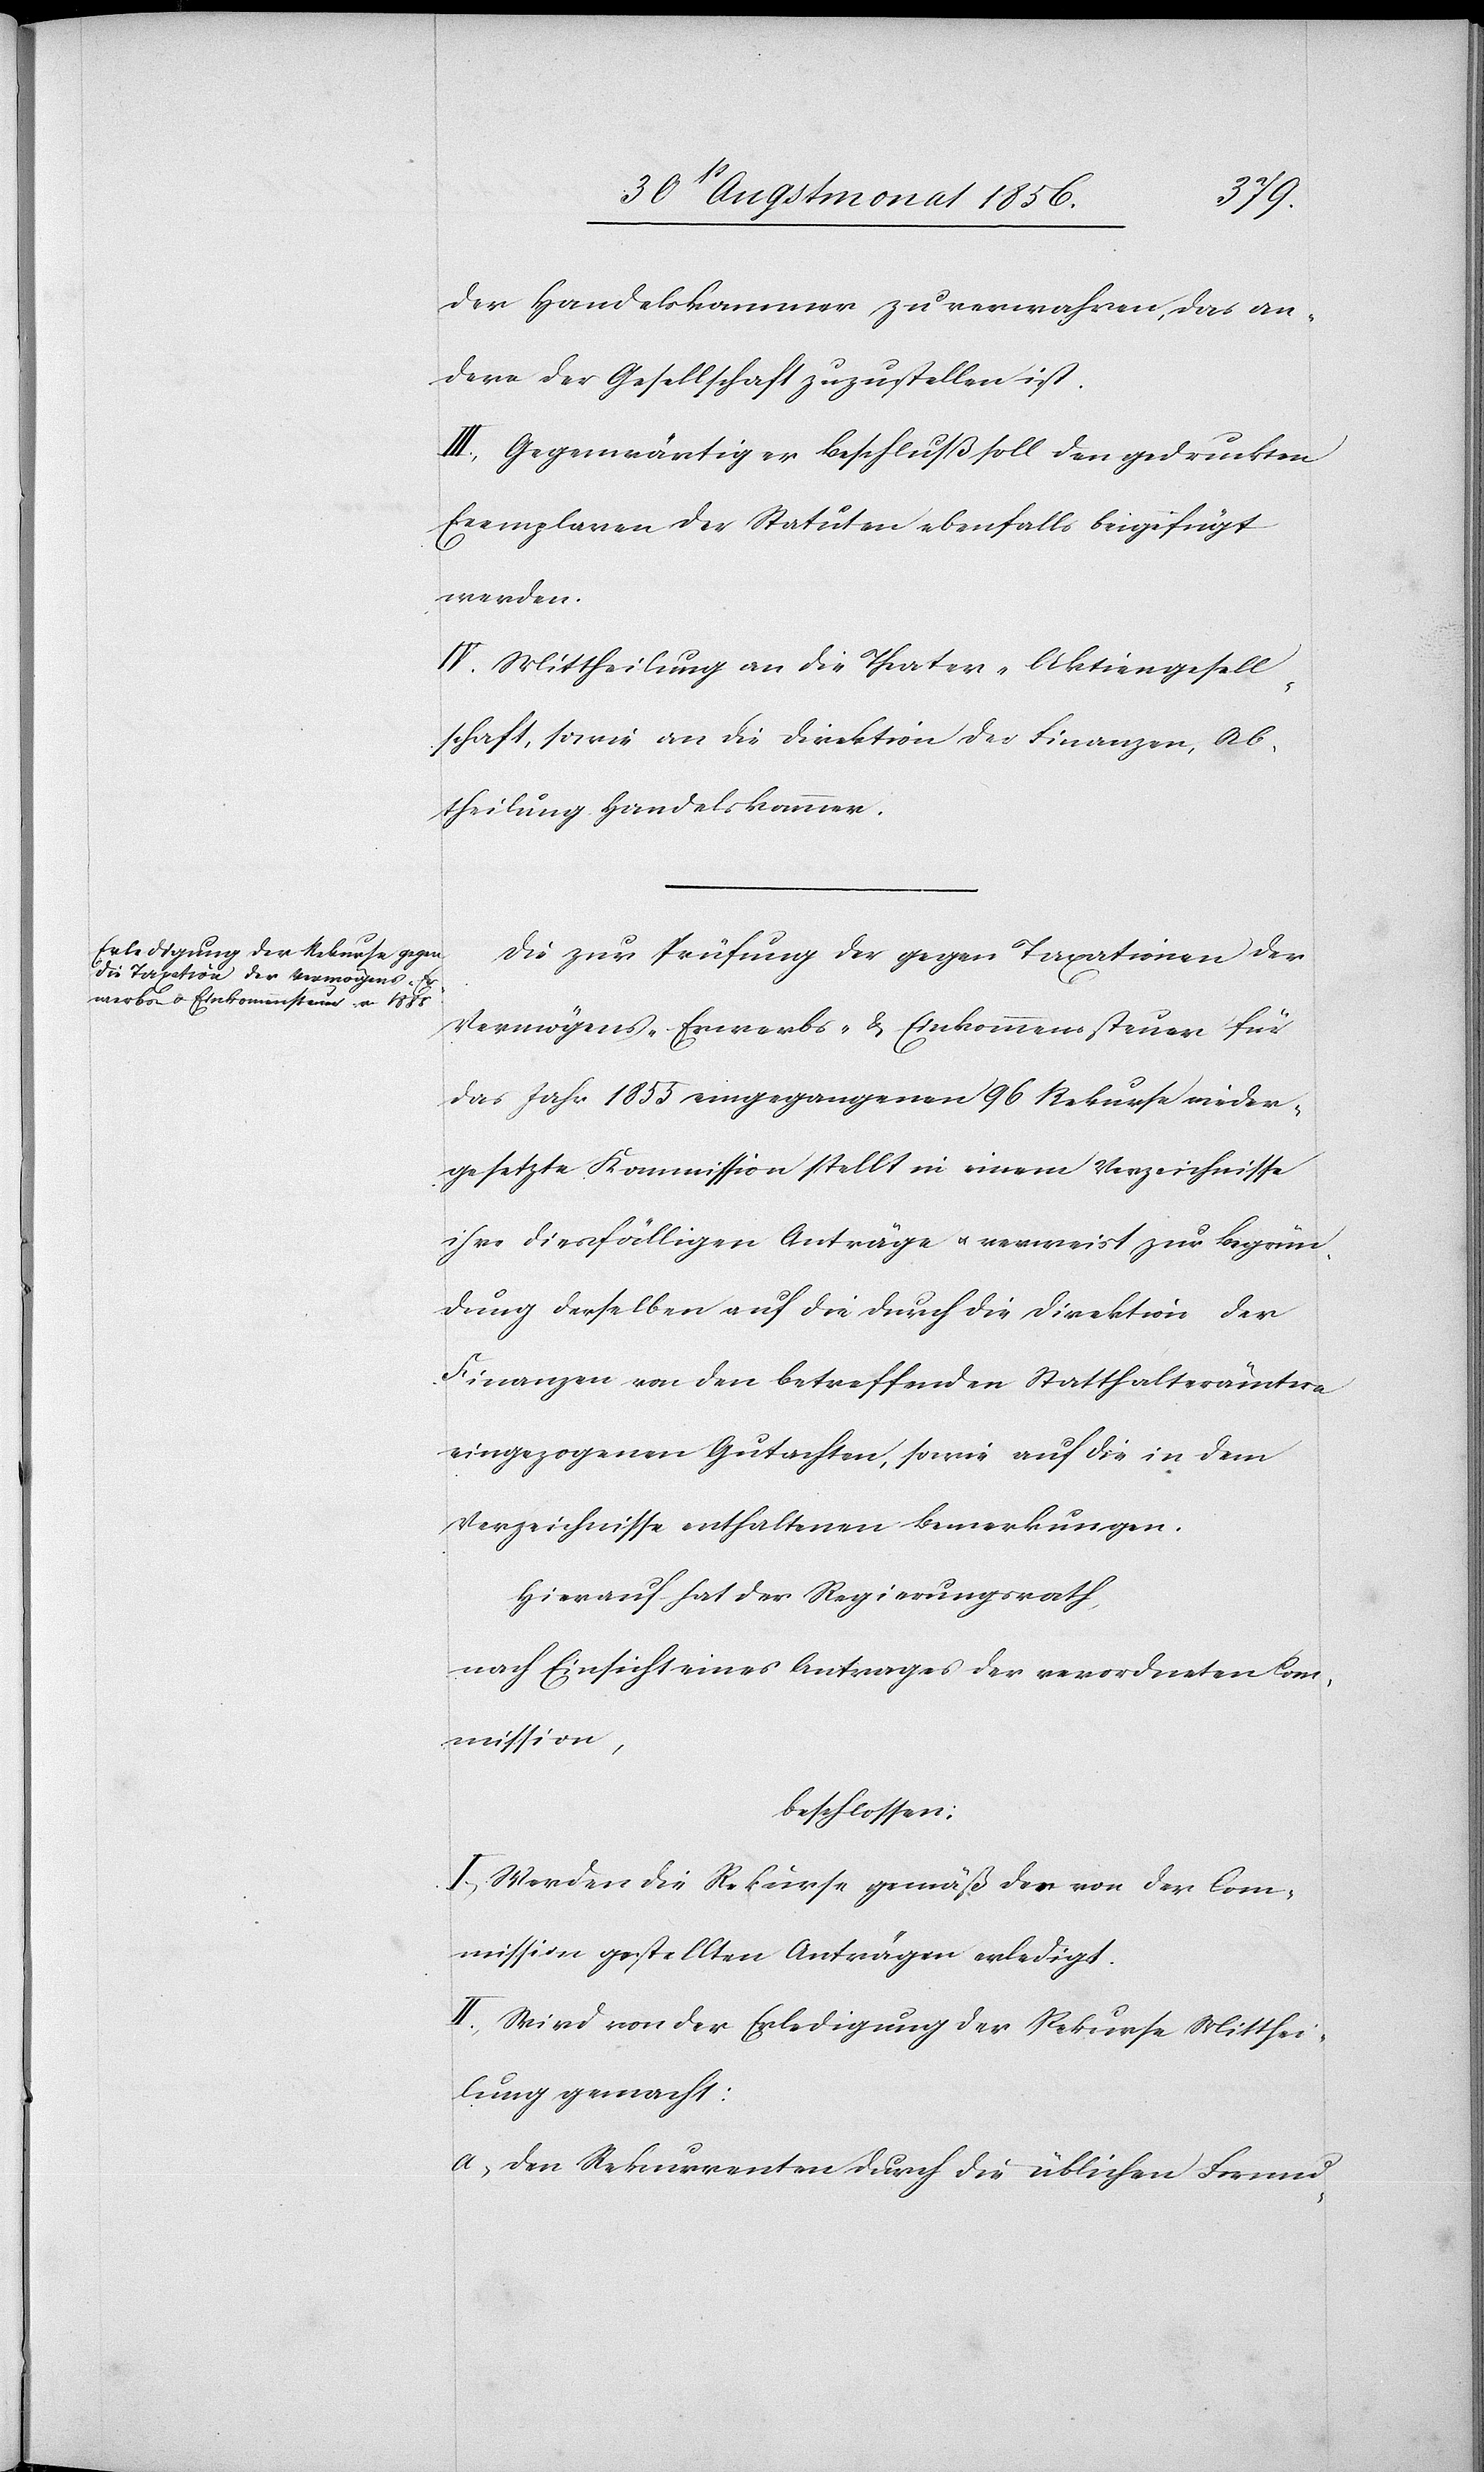
der Handelskammer zu verwahren, das an¬
dere der Gesellschaft zuzustellen ist.
III.) Gegenwärtiger Beschluß soll den gedruckten
Exemplaren der Statuten ebenfalls beigefügt
werden.
IV.) Mittheilung an die Theater-Aktiengesell¬
schaft, sowie an die Direktion der Finanzen, Ab¬
theilung Handelskammer.
Die zur Prüfung der gegen Taxationen der
Vermögens-[,] Erwerbs- & Einkommenssteuer für
das Jahr 1855 eingegangenen 96 Rekurse nieder¬
gesetzte Kommission stellt in einem Verzeichnisse
ihre diesfälligen Anträge u. verweist zur Begrün¬
dung derselben auf die durch die Direktion der
Finanzen von den betreffenden Statthalterämtern
eingezogenen Gutachten, sowie auf die in dem
Verzeichnisse enthaltenen Bemerkungen.
Hierauf hat der Regierungsrath,
nach Einsicht eines Antrages der verordneten Com¬
mission,
beschlossen:
I.) Werden die Rekurse gemäß der von der Com¬
mission gestellten Anträgen erledigt.
II.) Wird von der Erledigung der Rekurse Mitthei¬
lung gemacht:
a) den Rekurrenten durch die üblichen Formu-